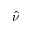
\widehat { \nu }